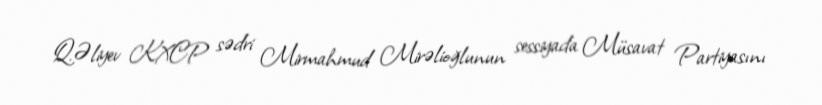
Q.Əliyev KXCP sədri Mirmahmud Mirəlioğlunun sessiyada Müsavat Partiyasını